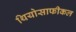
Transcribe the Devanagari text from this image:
थियोसाफीकल